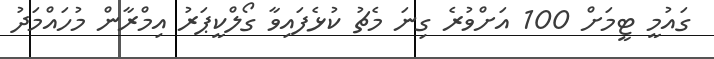
ގައުމީ ޓީމަށް 100 އަށްވުރެ ގިނަ މެޗު ކުޅެފައިވާ ގޯލްކީޕަރު އިމްރާން މުހައްމަދު